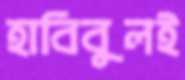
হাবিবুলই